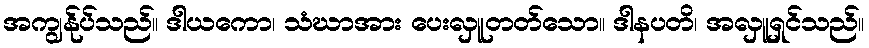
အကျွန်ုပ်သည်။ ဒါယကော၊ သံဃာအား ပေးလှူတတ်သော။ ဒါနပတိ၊ အလှူရှင်သည်။